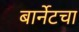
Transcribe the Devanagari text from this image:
बार्नेटचा